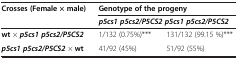
<table><thead><tr><td rowspan="2"><b>Crosses (Female<i>×</i>male)</b></td><td colspan="2"><b>Genotype of the progeny</b></td></tr><tr><td colspan="2"><b><i>p5cs1 p5cs2/P5CS2 p5cs1 p5cs2/P5CS2</i></b></td></tr></thead><tbody><tr><td><b>wt</b><i>×</i><b><i>p5cs1 p5cs2/P5CS2</i></b></td><td>1/132 (0.75%)***</td><td>131/132 (99.15 %)***</td></tr><tr><td><b><i>p5cs1 p5cs2/P5CS2</i></b><i>×</i><b>wt</b></td><td>41/92 (45%)</td><td>51/92 (55%)</td></tr></tbody></table>